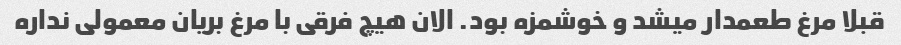
قبلا مرغ طعمدار میشد و خوشمزه بود. الان هیچ فرقی با مرغ بریان معمولی نداره